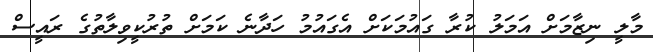
މާލީ ނިޒާމަށް އަމަލު ކުރާ ގައުމަކަށް އެގައުމު ހަދާނެ ކަމަށް ތުރުކީވިލާތުގެ ރައީސް